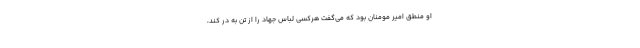
او منطق امیر مومنان بود که می‌گفت هرکسی لباس جهاد را از تن به در کند،